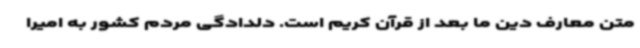
متن معارف دین ما بعد از قرآن کریم است. دلدادگی مردم کشور به امیرا